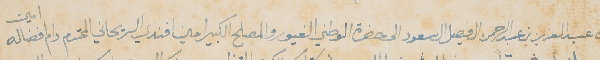
من عبد العزيز بن عبد الرحمن ال فيصل ال سعود الى حضرة الوطني الغيور والمصلح الكبير امين افندي الريحاني المحترم دام افضاله امين